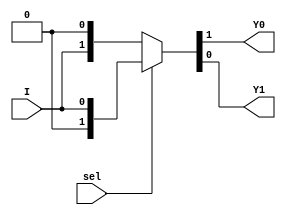
`timescale 1ns / 1ps

module DeMux_1X2(I,sel,Y0,Y1);
input I,sel;
output Y0,Y1;

//using conditional operator 
assign {Y0,Y1}= sel?{1'b0,I}:{I,1'b0};
endmodule